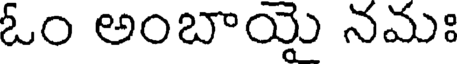
ఓం అంబాయై నమః